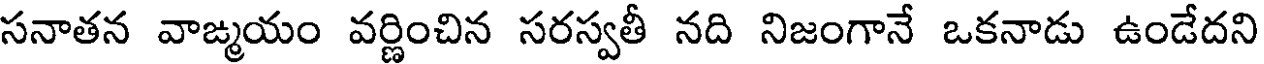
సనాతన వాఙ్మయం వర్ణించిన సరస్వతీ నది నిజంగానే ఒకనాడు ఉండేదని